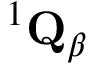
{ } ^ { 1 } { \bf Q } _ { \beta }